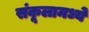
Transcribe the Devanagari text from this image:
संकूलामध्ये